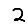
Digit: 2